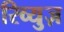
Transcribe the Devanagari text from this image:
रिव्युज़